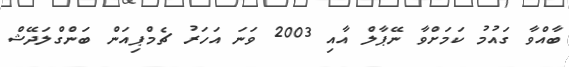
ބާއްވާ ގައުމު ކަމަށްވާ ނޭޕާލް އާއި 2003 ވަނަ އަހަރު ޗެމްޕިއަން ބަންގްލަދޭޝް